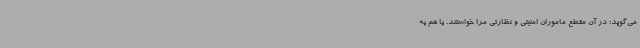
می‌گوید: در آن مقطع ماموران امنیتی و نظارتی مرا خواستند. با هم به